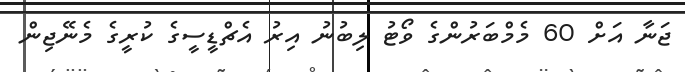
ޖަނާ އަށް 60 މެމްބަރުންގެ ވޯޓު ލިބުނު އިރު އެޗްޑީސީގެ ކުރީގެ މެނޭޖިން